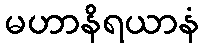
မဟာနိရယာနံ